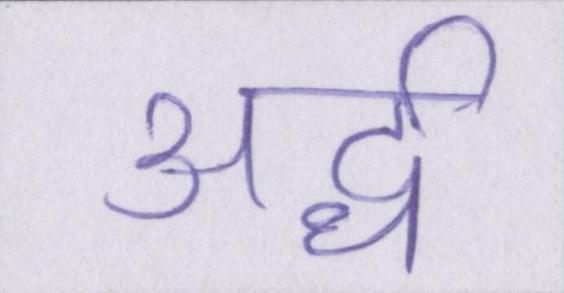
अर्द्ध